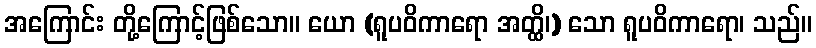
အကြောင်း တို့ကြောင့်ဖြစ်သော။ ယော (ရူပဝိကာရော အတ္ထိ၊) သော ရူပဝိကာရော၊ သည်။